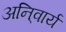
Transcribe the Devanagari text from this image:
अनि्वार्य